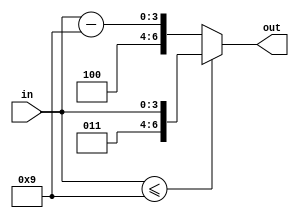
module hex2ascii_bh(out, in); // Behavioral Model always  Module .

    input [3:0] in;
    output reg [6:0] out;

    always @ (in) // in 4-bit  16 0~F. 0~F    .
        if (in <= 4'b1001) out = {3'b011, in};
        // 0~9 Ascii code   0~9 4-bit 2    011  . 
        //  0~F 0~9, 9   2 4-bit 3'b011 .

        else out = {3'b100, in - 4'b1001};
        // 0~9  ,  A~F . 
        // A~F  2 4-bi 4'b1001    3'b100   .
        // ex) F = 4'b1111,  Ascii_code =  '100' + '(1111 - 1001)' = '100' + '0110' = 1000110


endmodule

module hex2ascii_df(out, in);
    input [3:0] in; // 4-bit input 16 0~F .
    output [6:0] out; // 7-bit Ascii code  .

    // 3    .
    // behavioral Model  .
    // 0~9  '011'  4-bit   
    // A~F 4-bit  '1001'    '100'  

    // 

    assign out[6:4] = ~(~in[3] | ~(in[2] | in[1]) ) ?  3'b100  : 3'b011;
    // 0~9 3'b011 + 4-bit 
    // A~F 3'b100 + (4-bit  - 4'b1001)


    // 0~9 A~F   
    // 1. MSB 1 => 0~7, 8~F 
    // 2. 8, 9 in[2:1] = 2'b00
    // ==> MSB 1 [1:0] 2'b00  A~F. 

    //A~F (4-bit  - 4'b1001)       .
    assign out[3] = ~(~in[3] | ~(in[2] | in[1]) ) ? 1'b0 : in[3]; 
    //0~9   , 0000 ~ 1001 
    //A~F  out[3] 0. 
    assign out[0] = ~(~in[3] | ~(in[2] | in[1]) ) ?  ~in[0] : in[0];

    //            [2:0]
    // A 1 010   => 001
    // B 1 011   => 010
    // C 1 100   => 011
    // D 1 101   => 100
    // E 1 110   => 101
    // F 1 111   => 110
    // 4-bit  4'b1001   [3]  1 1=>0  4'b1000   
    // [2:0]  3'b1  . 

    //0~9   
    //A~F out[0]  in[0]  . 
    assign out[1] = ~(~in[3] | ~(in[2] | in[1]) ) ?  ~(in[1] ^ in[0] ): in[1];
    //0~9   
    // in[1:0] 00, 11 1, 01, 10 0 . xor  
    assign out[2] = ~(~in[3] | ~(in[2] | in[1]) ) ?  in[2] & (in[1] | in[0]) : in[2];
    //0~9   
    //A~F C   [2]  . 
    // C   => A~F  [1:0] = 00  => [1:0] 00  (in[1] | in[1]) 0. 
    // x & 1 = x, x & 0 = 0   . 

endmodule

module hex2ascii_struct(out, in);

    input [3:0] in; // 4-bit input 16 0~F .
    output [6:0] out; // 7-bit Ascii code  .

    wire in_00, in_00x, input_a_f, in_3, out_1;


    // 0~9 A~F   
    // 1. MSB 1 => 0~7, 8~F 
    // 2. 8, 9 in[2:1] = 2'b00
    // ==> MSB 1 [1:0] 2'b00  A~F. 
    nor(in_00, in[1], in[2]);  // [1:0] = 2'b00? => in_00
    not(in_00x, in_00); // [1:0] = 2'b00 ? => in_00x
    and(input_a_f, in[3], in_00x); // 8  [1:0] = 2'b00 ? => input_a_f

    // 0~9 out[6:4] = 3'b011
    // A~F  out[6:4] = 3'b100
    // input_a_f 1? 
    // 0~9 011 => ~input_a_f, input_a_f, input_a_f
    // A~F  out[6:4] = input_a_f, ~input_a_f, ~input_a_f
    //                          0~9       A~F
    buf(out[6], input_a_f); //   0         1
    not(out[5], input_a_f); //   1         0
    not(out[4], input_a_f); //   1         0


    //out[3]
    //  8, 9 ,   4'b1000, 4b'1001  [3] 1. 
    and(out[3], in[3], in_00);


    //out[0]
    notif1(out[0], in[0], input_a_f);  // A~F  
    bufif0(out[0], in[0], input_a_f); // 0~9   

    //out[1]
    //~(in[1] ^ in[0] )
    xor(xor_10, in[1], in[0]);
    not(out_1, xor_10);
    bufif1(out[1], out_1, input_a_f);
    bufif0(out[1], in[1], input_a_f); // 0~9   


    //out[2]
    bufif0(out[2], in[2], input_a_f);// 0~9   
    or(out_2, in[1], in[0]);
    and(out_2_af, in[2], out_2);
    bufif1(out[2], out_2_af, input_a_f);
    // A~F  in[2] & (in[1] | in[0])
    

endmodule